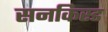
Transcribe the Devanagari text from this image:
सनकिस्ड